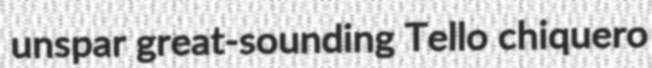
unspar great-sounding Tello chiquero